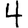
Digit: 4